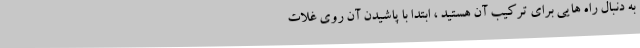
به دنبال راه هایی برای ترکیب آن هستید ، ابتدا با پاشیدن آن روی غلات